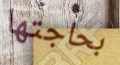
بحاجتها